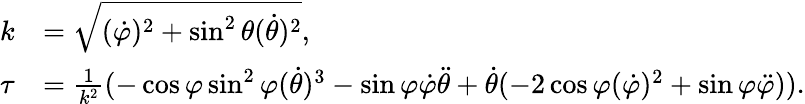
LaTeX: \begin{array}{rl}{k}&{=\sqrt{(\dot{\varphi})^{2}+\sin^{2}\theta(\dot{\theta})^{2}},}\\ {\tau}&{=\frac{1}{k^{2}}(-\cos\varphi\sin^{2}\varphi(\dot{\theta})^{3}-\sin\varphi\dot{\varphi}\ddot{\theta}+\dot{\theta}(-2\cos\varphi(\dot{\varphi})^{2}+\sin\varphi\ddot{\varphi})).}\end{array}